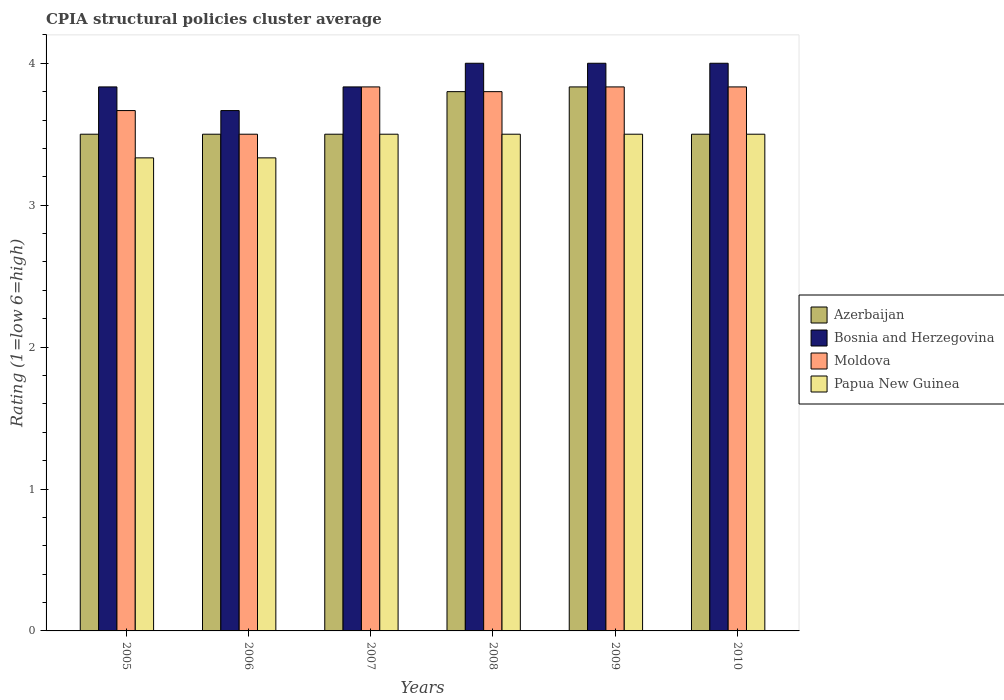
| Years | Azerbaijan | Bosnia and Herzegovina | Moldova | Papua New Guinea |
 | --- | --- | --- | --- | --- |
 | 2005 | 3.5 | 3.83 | 3.67 | 3.33 |
 | 2006 | 3.5 | 3.67 | 3.5 | 3.33 |
 | 2007 | 3.5 | 3.83 | 3.83 | 3.5 |
 | 2008 | 3.8 | 4 | 3.8 | 3.5 |
 | 2009 | 3.83 | 4 | 3.83 | 3.5 |
 | 2010 | 3.5 | 4 | 3.83 | 3.5 |